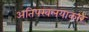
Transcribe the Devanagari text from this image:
अतिपरवलयाकार